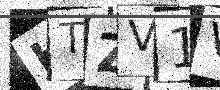
Text: HTZV1V